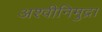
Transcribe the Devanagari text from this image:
अश्वीनिमुद्रा